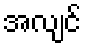
အလျင်